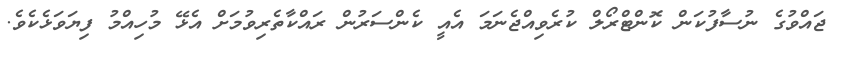
ޖައްވުގެ ނުސާފުކަން ކޮންޓްރޯލް ކުރެވިއްޖެނަމަ އެއީ ކެންސަރުން ރައްކާތެރިވުމަށް އެޅޭ މުހިއްމު ފިޔަވަޅެކެވެ.